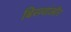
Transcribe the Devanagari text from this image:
बिसवांऔर